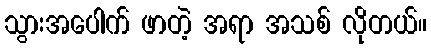
သွားအပေါက် ဖာတဲ့ အရာ အသစ် လိုတယ်။